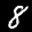
Label: 8